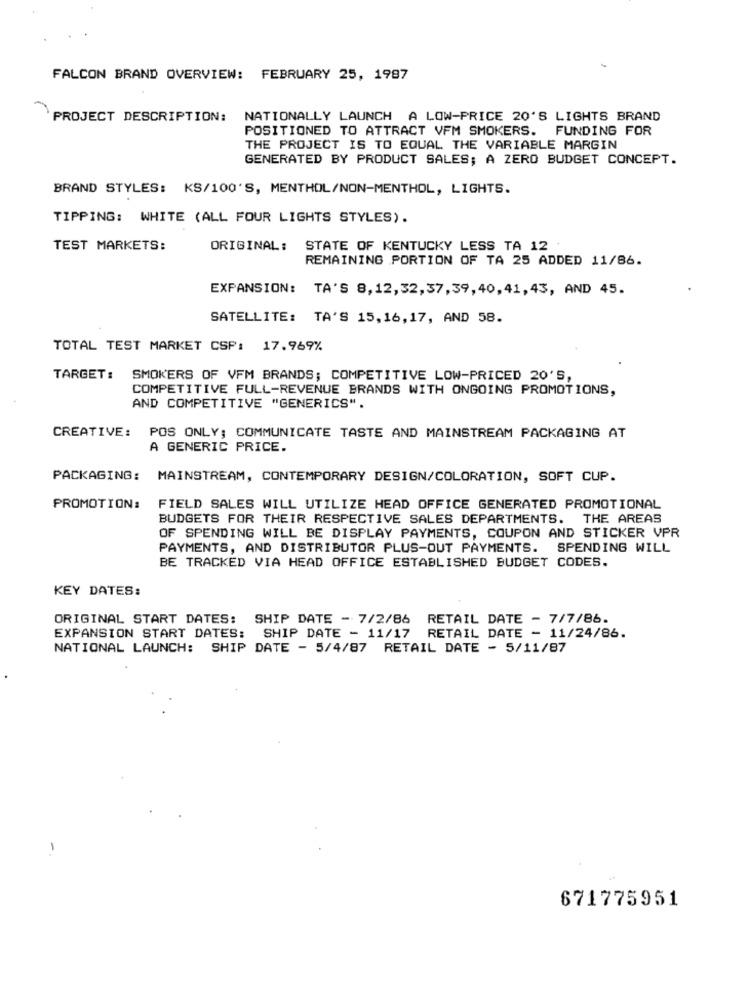
FALCON BRAND OVERVIEW: FEBRUARY 25, 1997
PROJECT DESCRIPTION: NATIONALLY LAUNCH A LOW-PRICE 20'S LIGHTS BRAND
POSITIONED TO ATTRACT VFM SMOKERS. FUNDING FOR
THE PROJECT IS TO EQUAL THE VARIABLE MARGIN
GENERATED BY PRODUCT SALES; A ZERO BUDGET CONCEPT.
BRAND STYLES: KS/100'S, MENTHOL/NON-MENTHOL, LIGHTS.
TIPPING: WHITE (ALL FOUR LIGHTS STYLES) .
TEST MARKETS:
ORIGINAL: STATE OF KENTUCKY LESS TA 12
REMAINING PORTION OF TA 25 ADDED 11/86.
EXPANSION: TA'S 8,12,32,37,39,40,41,43, AND 45.
SATELLITE: TA'S 15,16,17, AND 58.
TOTAL TEST MARKET CSP: 17.969%
TARGET:
SMOKERS OF VFM BRANDS; COMPETITIVE LOW-PRICED 20'S,
COMPETITIVE FULL-REVENUE BRANDS WITH ONGOING PROMOTIONS,
AND COMPETITIVE "GENERICS".
CREATIVE: POS ONLY; COMMUNICATE TASTE AND MAINSTREAM PACKAGING AT
A GENERIC PRICE.
PACKAGING: MAINSTREAM, CONTEMPORARY DESIGN/COLORATION, SOFT CUP.
PROMOTION:
FIELD SALES WILL UTILIZE HEAD OFFICE GENERATED PROMOTIONAL
BUDGETS FOR THEIR RESPECTIVE SALES DEPARTMENTS. THE AREAS
OF SPENDING WILL BE DISPLAY PAYMENTS, COUPON AND STICKER VPR
PAYMENTS, AND DISTRIBUTOR PLUS-OUT PAYMENTS. SPENDING WILL
BE TRACKED VIA HEAD OFFICE ESTABLISHED BUDGET CODES.
KEY DATES:
ORIGINAL START DATES:
SHIP DATE - 7/2/86 RETAIL DATE - 7/7/86.
EXPANSION START DATES: SHIP DATE - 11/17 RETAIL DATE - 11/24/86.
NATIONAL LAUNCH: SHIP DATE - 5/4/87 RETAIL DATE - 5/11/87
671775951